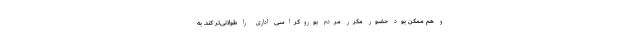
و هم ممکن بود حضور مکرر مردم بوروکراسی اداری را طولانی‌تر کند. به